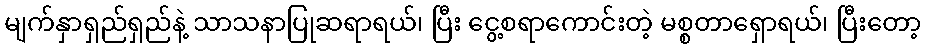
မျက်နှာရှည်ရှည်နဲ့ သာသနာပြုဆရာရယ်၊ ပြီး ငွေ့စရာကောင်းတဲ့ မစ္စတာရှောရယ်၊ ပြီးတော့